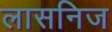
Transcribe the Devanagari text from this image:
लासनिज